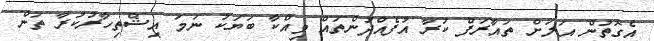
އެގޮތުން އަލަށް ތައާރަފް ކުރާ އުފެއްދުންތައް ވިއްކާ ބަޔަކު ނަމަ އިޝްތިހާރުކުރާ ތަން